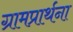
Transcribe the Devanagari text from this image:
ग्रामप्रार्थना